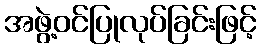
အဖွဲ့ဝင်ပြုလုပ်ခြင်းဖြင့်